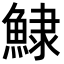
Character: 𩸙